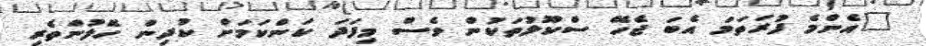
"އެންމެ ފުރަތަމަ އެބަ ޖެހޭ ސްކޫލުތަކުން ވެސް މިފަދަ ކަންކަމަށް ކުދިން ހޭލުންތެރި